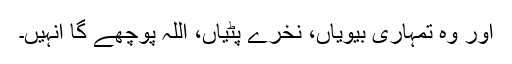
اور وہ تمہاری بیویاں، نخرے پٹیاں، اللہ پوچھے گا انہیں۔